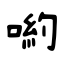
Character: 喲